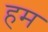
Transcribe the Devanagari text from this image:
हम